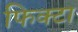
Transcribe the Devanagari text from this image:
फिक्टा